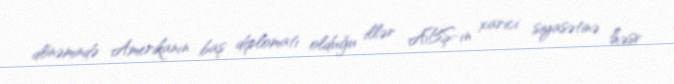
dönəmində Amerikanın baş diplomatı olduğu illər ABŞ-ın xarici siyasətinə həsr